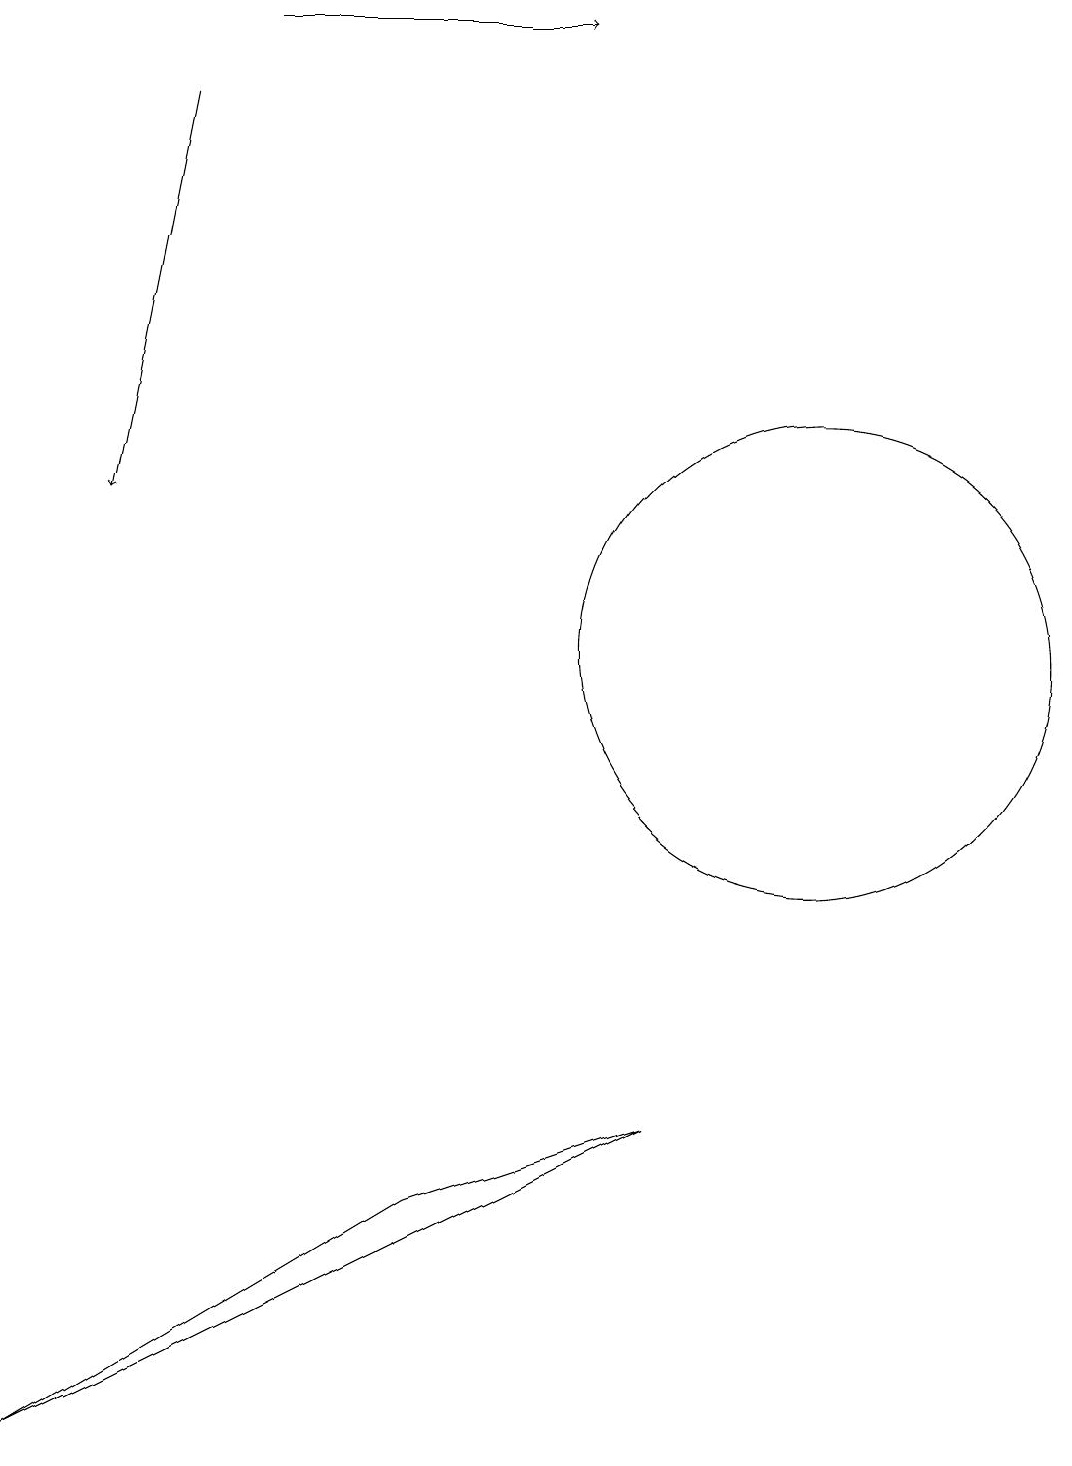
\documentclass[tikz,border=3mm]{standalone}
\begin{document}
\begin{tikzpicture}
\draw[->] (2,18) -- (1,13);
\draw (8,5) -- (0,1) -- (5,4) -- cycle;
\draw[->] (3,19) -- (7,19);
\draw (10,11) circle (3);
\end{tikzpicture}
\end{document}